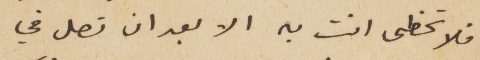
فلا تحظى انت به الا بعد ان تصل في